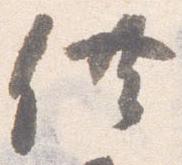
供